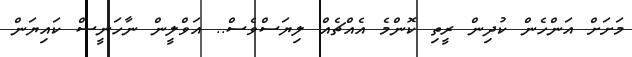
މަށަށް އަންހެން ކުދިން ރީތި ކޮންމެ އެއްޗެއް ލިޔަސްވެސް.. އަވްލީން ނާހަނީސް ކައިޔަން